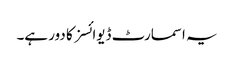
یہ اسمارٹ ڈیوائسز کا دور ہے۔